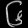
Digit: ၆